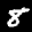
Label: 8